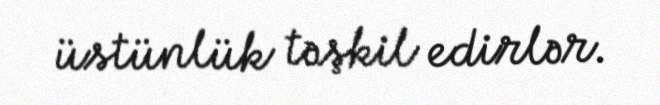
üstünlük təşkil edirlər.